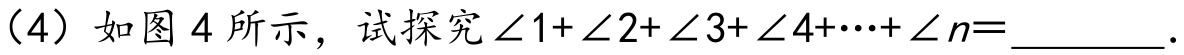
（4）如图 4 所示，试探究\(\angle1+\angle2+\angle3+\angle4+\cdots+\angle n = \_\_\_\_\_\).